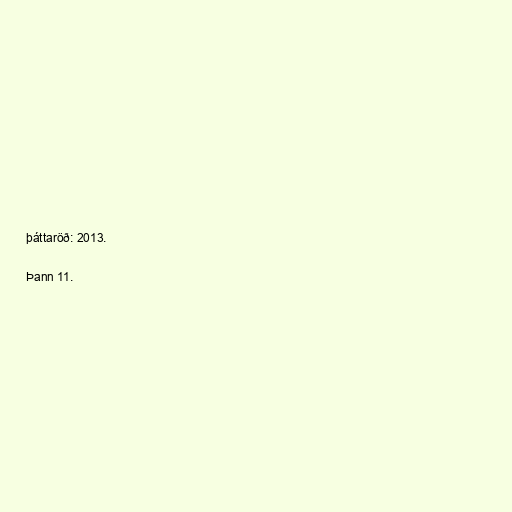
þáttaröð: 2013.

Þann 11.